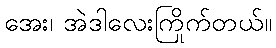
အေး၊ အဲဒါလေးကြိုက်တယ်။